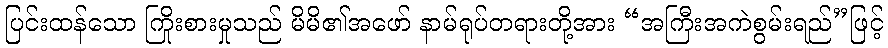
ပြင်းထန်သော ကြိုးစားမှုသည် မိမိ၏အဖော် နာမ်ရုပ်တရားတို့အား “အကြီးအကဲစွမ်းရည်”ဖြင့်